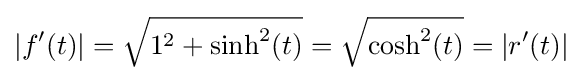
|f'(t)|={\sqrt {1^{2}+\sinh ^{2}(t)}}={\sqrt {\cosh ^{2}(t)}}=|r'(t)|